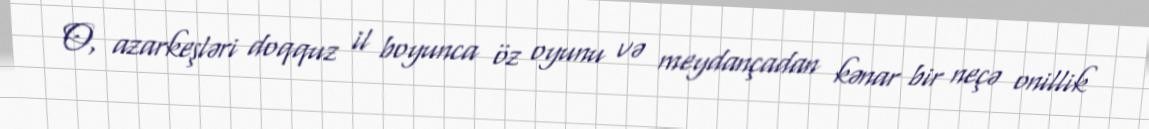
O, azarkeşləri doqquz il boyunca öz oyunu və meydançadan kənar bir neçə onillik